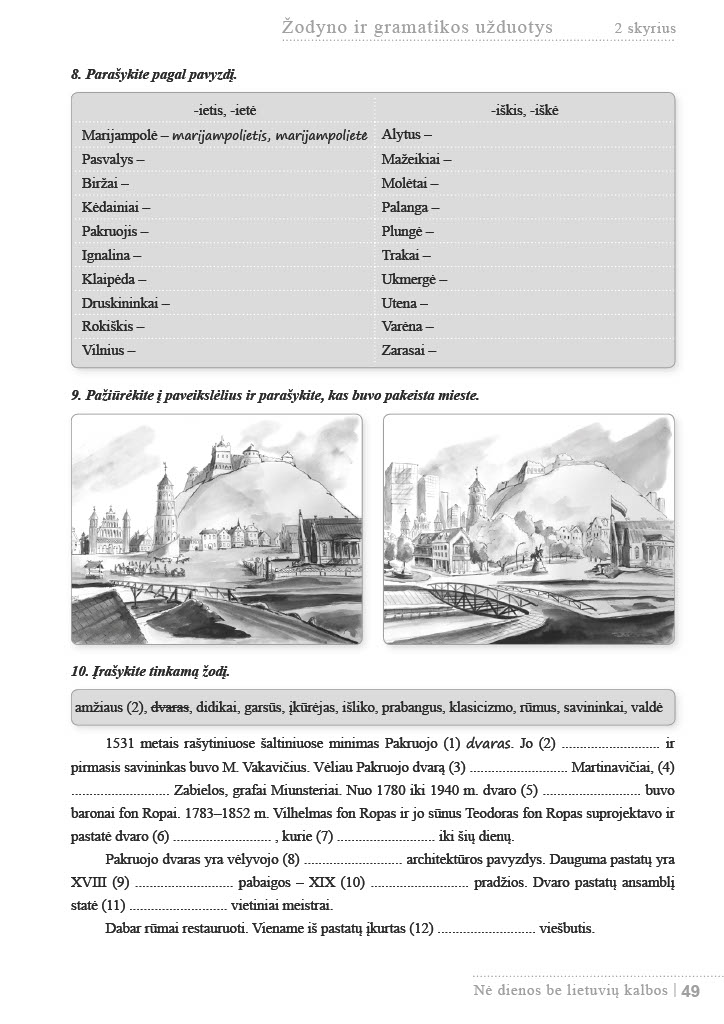
Language: lt